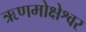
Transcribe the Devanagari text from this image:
ऋणमोक्षेश्वर